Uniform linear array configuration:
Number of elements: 32
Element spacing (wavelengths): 1
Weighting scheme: uniform
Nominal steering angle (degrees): -15
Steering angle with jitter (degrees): -15.235
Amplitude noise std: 0.05
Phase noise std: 0.05

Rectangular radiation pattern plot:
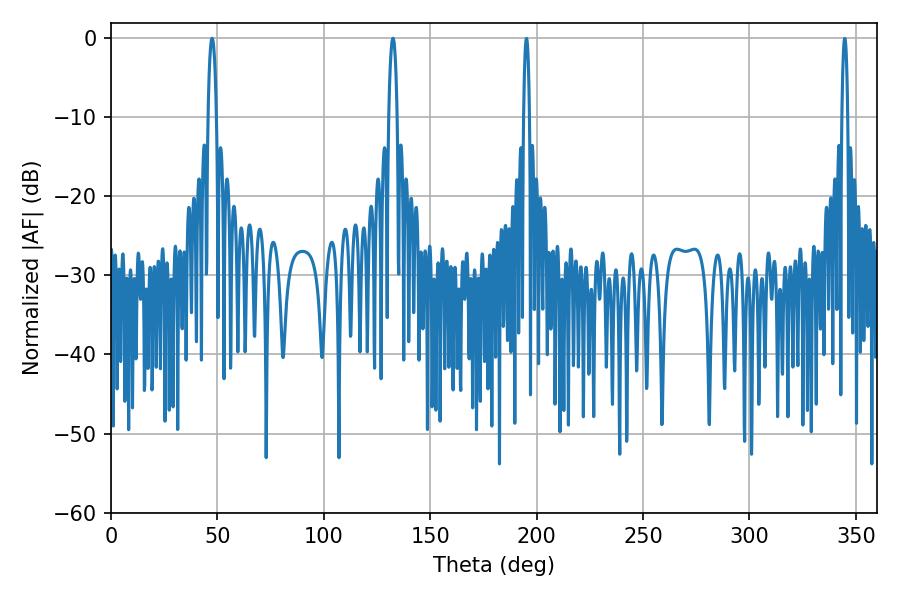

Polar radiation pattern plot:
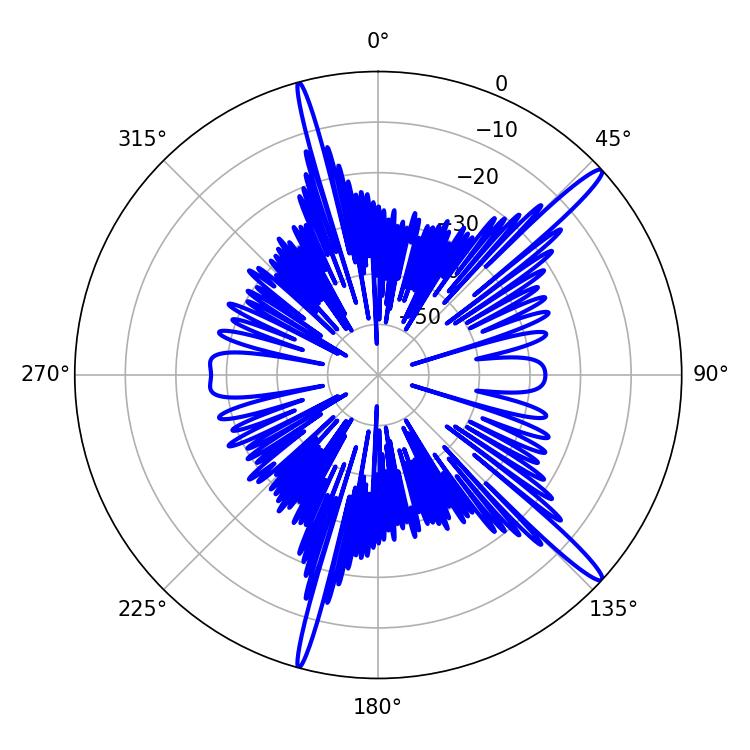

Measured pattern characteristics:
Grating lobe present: TRUE
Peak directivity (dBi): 15.981
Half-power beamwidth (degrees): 2.16
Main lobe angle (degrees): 47.52